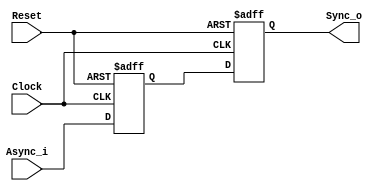
// 230823

`default_nettype none
module Synchronizer #(
	parameter WIDTH = 1
)(
	input  wire Clock,
	input  wire Reset,
	input  wire [WIDTH-1:0] Async_i,
	output wire [WIDTH-1:0] Sync_o
);

	reg [WIDTH-1:0] R1;
	reg [WIDTH-1:0] R2;

	always @(posedge Clock, negedge Reset) begin
		if(!Reset) begin
			R1 <= 0;
			R2 <= 0;
		end else begin
			R1 <= Async_i;
			R2 <= R1;
		end
	end

	assign Sync_o = R2;

endmodule
`default_nettype wire